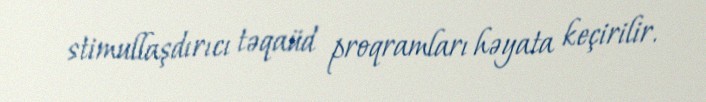
stimullaşdırıcı təqaüd proqramları həyata keçirilir.